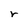
Character: r